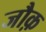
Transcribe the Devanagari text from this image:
जौक़